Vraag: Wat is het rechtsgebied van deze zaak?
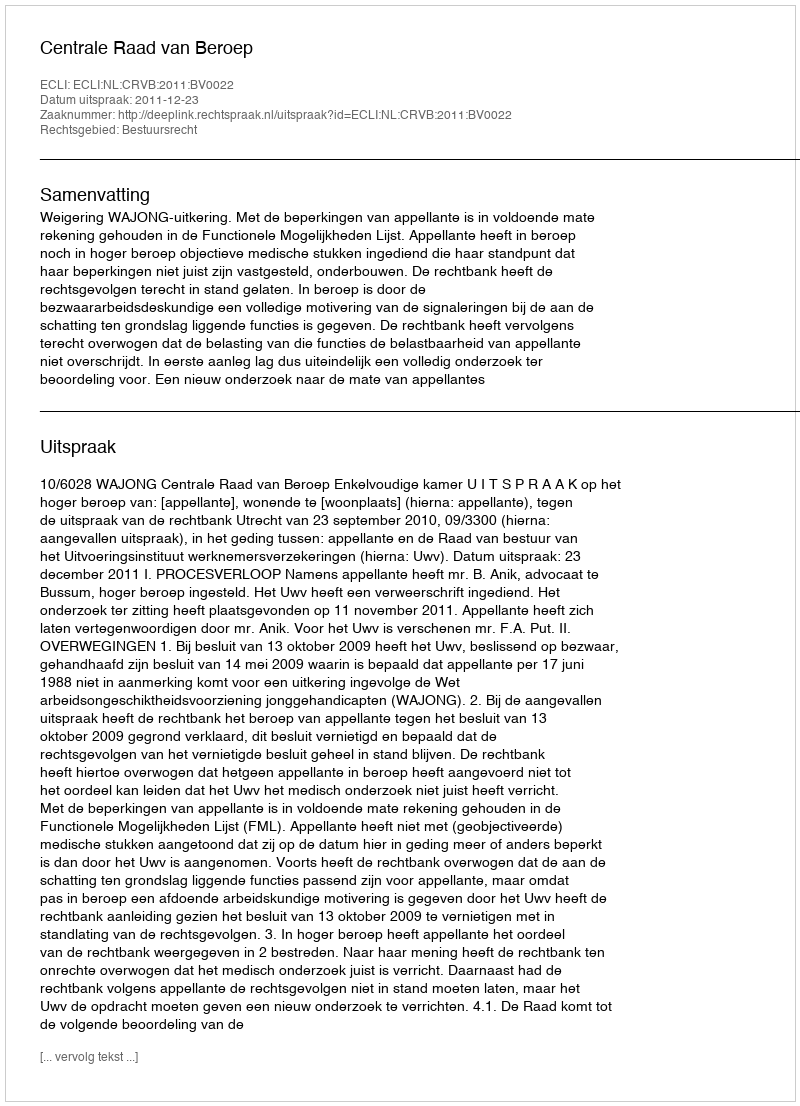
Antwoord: Bestuursrecht